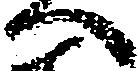
へ